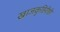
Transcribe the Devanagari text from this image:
खाजकुहिरीही